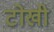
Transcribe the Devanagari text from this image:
टोखी